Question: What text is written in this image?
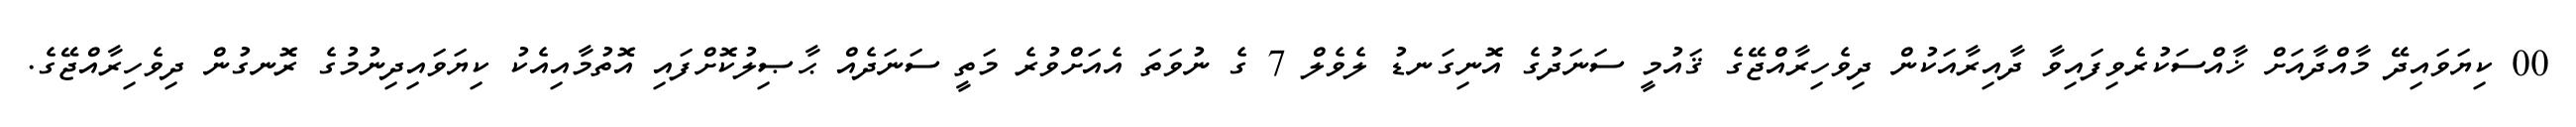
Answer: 00 ކިޔަވައިދޭ މާއްދާއަށް ޚާއްސަކުރެވިފައިވާ ދާއިރާއަކުން ދިވެހިރާއްޖޭގެ ޤައުމީ ސަނަދުގެ އޮނިގަނޑު ލެވެލް 7 ގެ ނުވަތަ އެއަށްވުރެ މަތީ ސަނަދެއް ޙާޞިލުކޮށްފައި އޮތުމާއިއެކު ކިޔަވައިދިނުމުގެ ރޮނގުން ދިވެހިރާއްޖޭގެ.